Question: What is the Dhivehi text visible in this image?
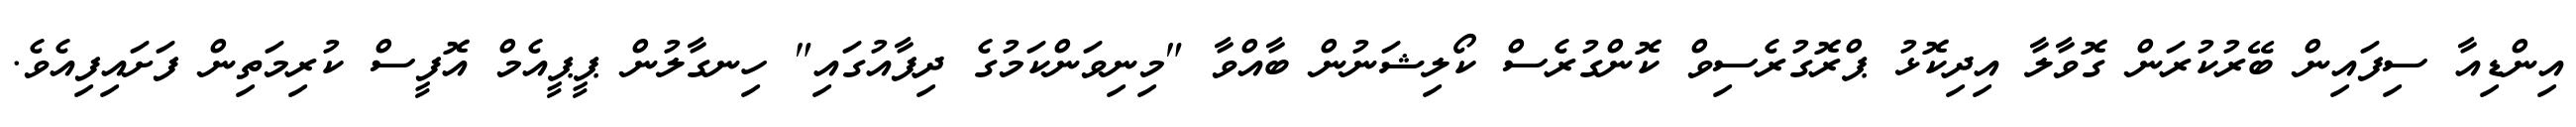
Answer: އިންޑިއާ ސިފައިން ބޭރުކުރަން ގޮވާލާ އިދިކޮޅު ޕްރޮގުރެސިވް ކޮންގުރެސް ކޯލިޝަނުން ބާއްވާ "މިނިވަންކަމުގެ ދިފާއުގައި" ހިނގާލުން ޕީޕީއެމް އޮފީސް ކުރިމަތިން ފަށައިފިއެވެ.